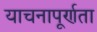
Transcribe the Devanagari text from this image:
याचनापूर्णता